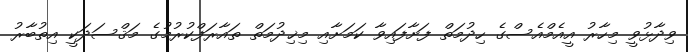
ވިދާޅުވީ މިހާރު އީއެމްއެސްގެ ހިދުމަތް ފަށާފައިވާ ކަމަށާއި މިޚިދުމަތް ތައާރަފްކުރުމުގެ މަޤްސަދަކީ އިތުބާރު